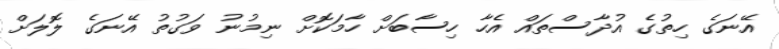
އޭނަގެ ހިތުގެ އުދާސްތައް އެހާ ހިސާބަށް ހާމަކޮށް ނިމުނު ވަގުތު އޭނަގެ ލޮލަށް